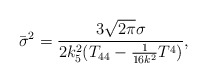
\begin{align*}{\bar\sigma}^2=\frac{3\sqrt{2\pi}\sigma}{2k_5^2(T_{44}-\frac{1}{16k^2}T^4)},\end{align*}